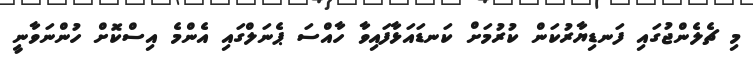
މި ޗެލެންޖުގައި ފަނޑިޔާރުކަން ކުރުމަށް ކަނޑައަޅާފައިވާ ހާއްސަ ޕެނަލްގައި އެންމެ އިސްކޮށް ހުންނަވާނީ